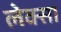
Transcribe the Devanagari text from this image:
लेक्सा